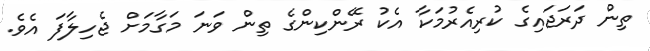
ތިން ދަރަޖައިގެ ކުރިއެރުމަކާ އެކު ރޭންކިންގެ ތިން ވަނަ މަގާމަށް ޖެހިލާފަ އެވެ.